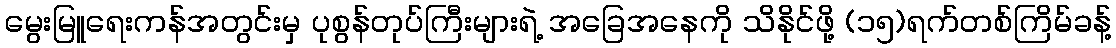
မွေးမြူရေးကန်အတွင်းမှ ပုစွန်တုပ်ကြီးများရဲ့ အခြေအနေကို သိနိုင်ဖို့ (၁၅)ရက်တစ်ကြိမ်ခန့်